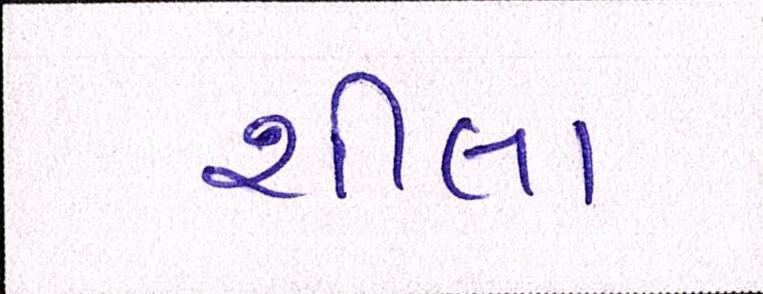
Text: શીલા